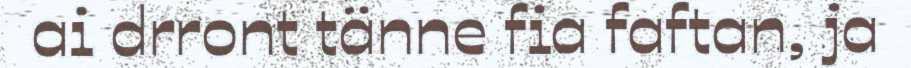
ai drront tänne fia faftan, ja